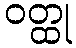
ဝတ္ထု